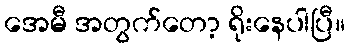
အေမီ အတွက်တော့ ရိုးနေပါပြီ။